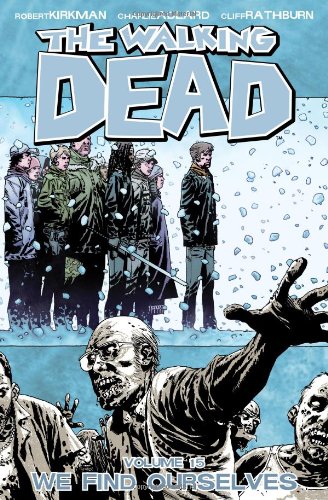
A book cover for The Walking Dead, Vol. 15: We Find Ourselves; Robert Kirkman; Comics & Graphic Novels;